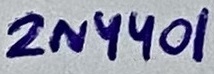
Text: 2N4401